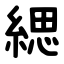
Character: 緦